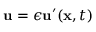
\mathbf { u } = \epsilon \mathbf { u } ^ { \prime } ( \mathbf { x } , t )